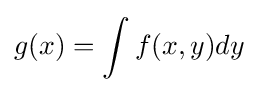
g(x)=\int f(x,y)dy